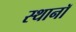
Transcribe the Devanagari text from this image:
स्थानॉ